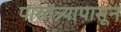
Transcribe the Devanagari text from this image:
पारतंत्र्यापासून